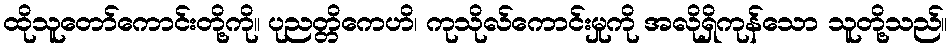
ထိုသူတော်ကောင်းတို့ကို။ ပုညတ္တိကေဟိ၊ ကုသိုလ်ကောင်းမှုကို အလိုရှိကုန်သော သူတို့သည်။